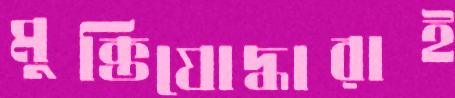
মুক্তিযোদ্ধারাই